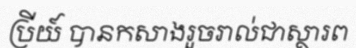
ប្រីយ៍ បានកសាងរួចរាល់ជាស្ថារព